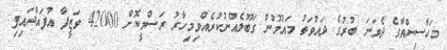
މަހާސިންތާގެ ދެވަނަ ބުރުގެ ދައުވަތު މައުމޫން ގަބޫލެއްނުކުރެއްވިމިހާރު ރަސްމީކޮށް 42000 ވަޒީފާ އުފައްދައިފި: